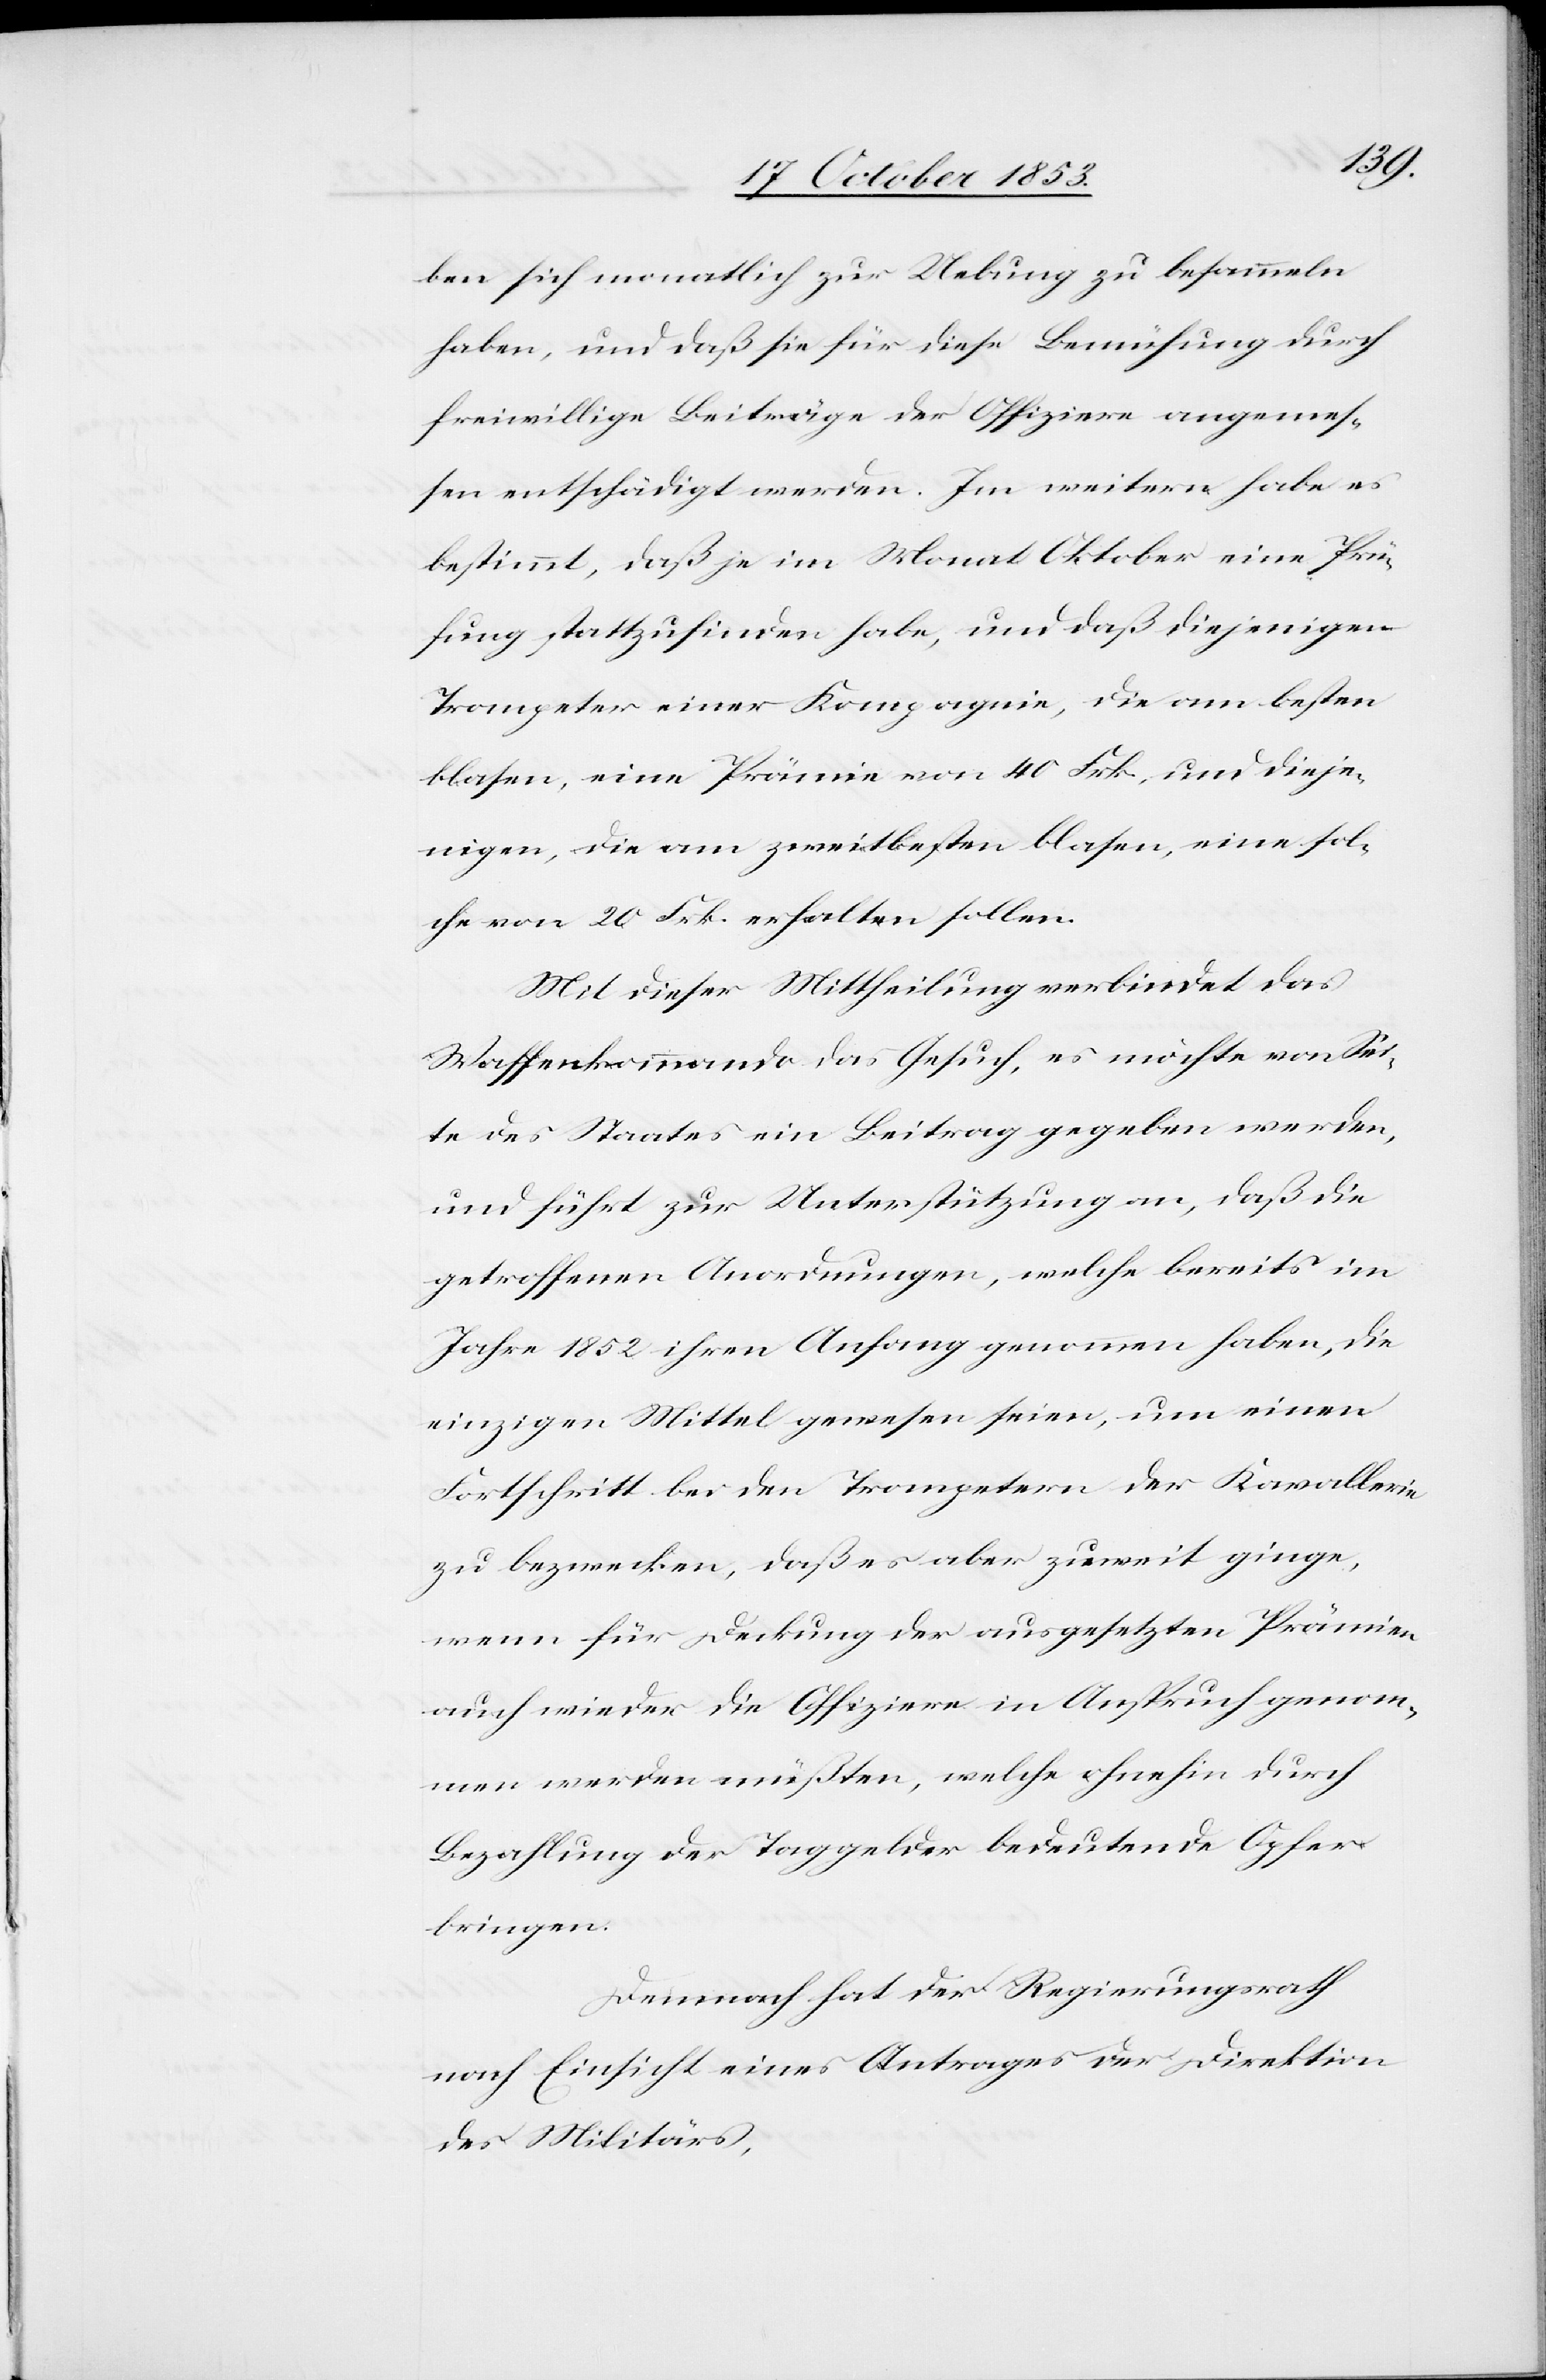
ben sich monatlich zur Uebung zu besammeln
haben, und daß sie für diese Bemühung durch
freiwillige Beiträge der Offiziere angemes¬
sen entschädigt werden. Im weitern habe es
bestimmt, daß je im Monat Oktober eine Prü¬
fung stattzufinden habe, und daß diejenigen
Trompeter einer Kompagnie, die am besten
blasen, eine Prämie von 40 Frk., und dieje¬
nigen, die am zweitbesten blasen, eine sol¬
che von 20 Frk. erhalten sollen.
Mit dieser Mittheilung verbindet das
Waffenkommando das Gesuch, es möchte von Sei¬
te des Staates ein Beitrag gegeben werden,
und führt zur Unterstützung an, daß die
getroffenen Anordnungen, welche bereits im
Jahre 1852 ihren Anfang genommen haben, die
einzigen Mittel gewesen seien, um einen
Fortschritt bei den Trompetern der Kavallerie
zu bezwecken, daß es aber zuweit ginge,
wenn für Deckung der ausgesetzten Prämien
auch wieder die Offiziere in Anspruch genom¬
men werden müßten, welche ohnehin durch
Bezahlung der Taggelder bedeutende Opfer
bringen.
Demnach hat der Regierungsrath
nach Einsicht eines Antrages der Direktion
des Militärs,